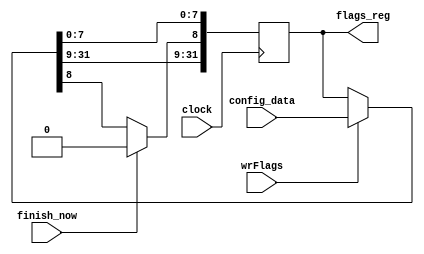
module flags_1 (
  input  wire        clock,
  input  wire        wrFlags,
  input  wire [31:0] config_data,
  input  wire        finish_now,
  output reg  [31:0] flags_reg
);
reg [31:0] next_flags_reg;
initial flags_reg = 0;
always @(posedge clock) 
flags_reg <= next_flags_reg;
always @*
begin
  next_flags_reg = (wrFlags) ? config_data : flags_reg;
  if (finish_now) next_flags_reg[8] = 1'b0;
end
endmodule